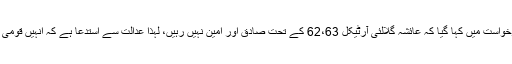
سپریم کورٹ کی لاہور رجسٹری میں دائر کردہ درخواست میں کہا گیا کہ عائشہ گلالئی آرٹیکل 62،63 کے تحت صادق اور امین نہیں رہیں، لہذا عدالت سے استدعا ہے کہ انہیں قومی اسمبلی کی نشست سے تاحیات نااہل قرار دیا جائے۔